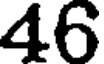
46